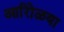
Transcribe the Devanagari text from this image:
आरोिळया